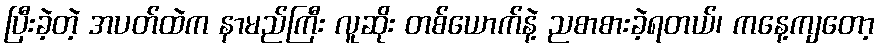
ပြီးခဲ့တဲ့ အပတ်ထဲက နာမည်ကြီး လူဆိုး တစ်ယောက်နဲ့ ညစာစားခဲ့ရတယ်၊ ကနေ့ကျတော့